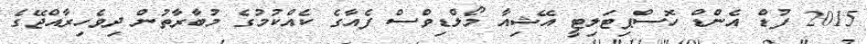
2015 ފުޑް އެންޑް ހޮސްޕިޓަލިޓީ އޭޝިއާ މޯލްޑިވްސް ފެއާގެ ކެއްކުމުގެ މުބާރާތުން ދިވެހިރާއްޖޭގެ